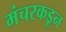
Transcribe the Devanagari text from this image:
मंचरकडून